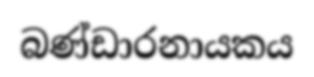
බණ්ඩාරනායකය